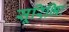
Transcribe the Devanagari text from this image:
सूरिभिः